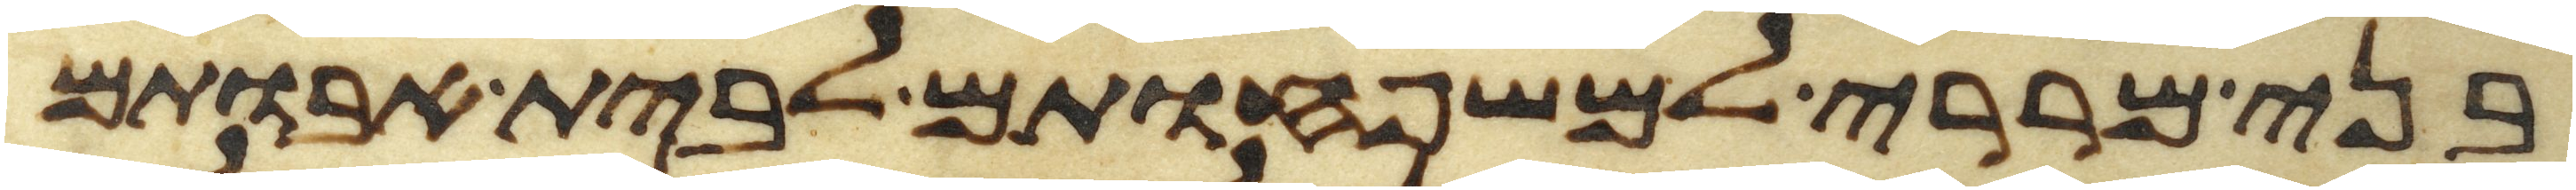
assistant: בני מררי למשפחותם לבית אבותם